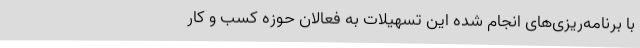
با برنامه‌ریزی‌های انجام شده این تسهیلات به فعالان حوزه کسب و کار